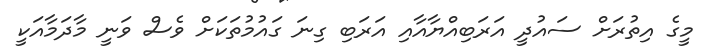
މީގެ އިތުރަށް ސައުދީ އަރަބިއްޔާއާއި އަރަބި ގިނަ ގައުމުތަކަށް ވެސް ވަނީ މާދަމާއަކީ